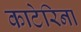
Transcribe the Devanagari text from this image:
काटेरिना